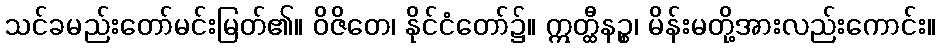
သင်ခမည်းတော်မင်းမြတ်၏။ ဝိဇိတေ၊ နိုင်ငံတော်၌။ ဣတ္ထီနဉ္စ၊ မိန်းမတို့အားလည်းကောင်း။